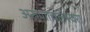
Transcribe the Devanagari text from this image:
अरुणाचलेस्वरा